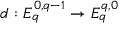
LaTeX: d : E _ { q } ^ { 0 , q - 1 } \to E _ { q } ^ { q , 0 }